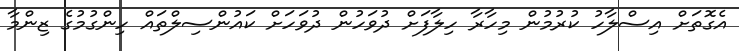
އެގޮތަށް އިސްލާހު ކުރުމުން މިހާރާ ހިލާފަށް ދުވަހުން ދުވަހަށް ކައުންސިލްތައް ހިންގުމުގެ ޒިންމާ